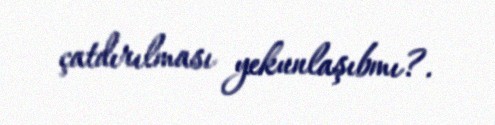
çatdırılması yekunlaşıbmı?.